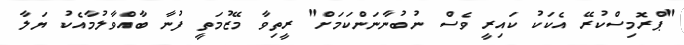
"ޕްރޮމިސްކުރޭ އެކަކު ކައިރީ ވެސް ނުބުނާނަންކަމަށް" ރީތިވާ މޭޒުމަތީ ފުނާ ބާއްވާލުމާއެކު ޔަލާ